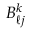
B _ { \ell j } ^ { k }